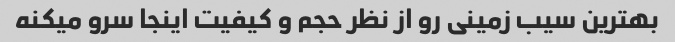
بهترین سیب زمینی رو از نظر حجم و کیفیت اینجا سرو میکنه